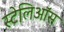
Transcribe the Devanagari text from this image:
स्टेलिऑस